General report no. 6 on the lunatic asylums, vaccination and dispensaries in the Bengal Presidency, 1873 -
Year: 1873
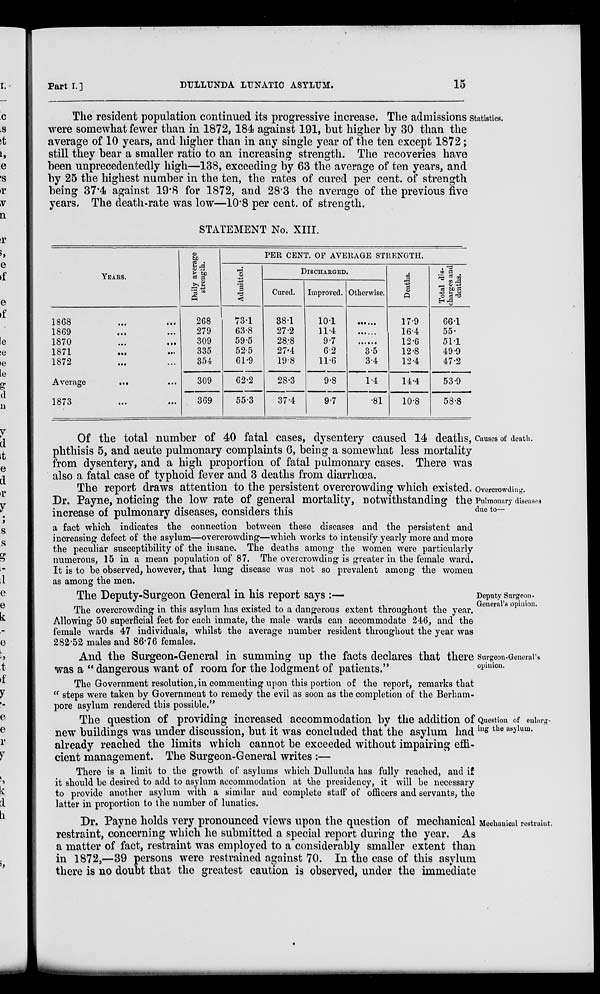
Part I.]
DULLUNDA LUNATIC ASYLUM.
15
Statistics.
The resident population continued its progressive increase. The admissions
were somewhat fewer than in 1872, 184 against 191, but higher by 30 than the
average of 10 years, and higher than in any single year of the ten except 1872 ;
still they bear a smaller ratio to an increasing strength. The recoveries have
been unprecedentedly high—138, exceeding by 63 the average of ten years, and
by 25 the highest number in the ten, the rates of cured per cent. of strength
being 37.4 against 19.8 for 1872, and 28.3 the average of the previous five
years. The death-rate was low—10.8 per cent. of strength.
STATEMENT No. XIII.
YEARS.
1868
...
...
1869
... ...
1870 ... ...
1871 ... ...
1872 ... ...
Average
... ...
1873
...
...
Daily average
strength.
268
279
309
335
354
309
369
PER CENT. OF AVERAGE STRENGTH.
Admitted.
73.1
63.8
59.5
52.5
61.9
62.2
55.3
DISCHARGED.
Cured.
38.1
27.2
28.8
27.4
19.8
28.3
37.4
Improved.
10.1
11.4
9.7
6.2
11.6
9.8
9.7
Otherwise.
......
......
......
3.5
3.4
1.4
.81
Deaths.
17.9
16.4
12.6
12.8
12.4
14.4
10.8
Total dis-
charges and
deaths.
66.1
55.
51.1
49.9
47.2
53.9
58.8
Causes of death.
Of the total number of 40 fatal cases, dysentery caused 14 deaths,
phthisis 5, and acute pulmonary complaints 6, being a somewhat less mortality
from dysentery, and a high proportion of fatal pulmonary cases. There was
also a fatal case of typhoid fever and 3 deaths from diarrhœa.
Overcrowding.
Pulmonary diseases
due to—
The report draws attention to the persistent overcrowding which existed.
Dr. Payne, noticing the low rate of general mortality, notwithstanding the
increase of pulmonary diseases, considers this
a fact which indicates the connection between these diseases and the persistent and
increasing defect of the asylum—overcrowding—which works to intensify yearly more and more
the peculiar susceptibility of the insane. The deaths among the women were particularly
numerous, 15 in a mean population of 87. The overcrowding is greater in the female ward.
It is to be observed, however, that lung disease was not so prevalent among the women
as among the men.
Deputy Surgeon-
General's opinion.
The Deputy-Surgeon General in his report says :—
The overcrowding in this asylum has existed to a dangerous extent throughout the year.
Allowing 50 superficial feet for each inmate, the male wards can accommodate 246, and the
female wards 47 individuals, whilst the average number resident throughout the year was
282.52 males and 86.76 females.
Surgeon-General's
opinion.
And the Surgeon-General in summing up the facts declares that there
was a " dangerous want of room for the lodgment of patients."
The Government resolution, in commenting upon this portion of the report, remarks that
" steps were taken by Government to remedy the evil as soon as the completion of the Berham-
pore asylum rendered this possible."
Question of enlarg-
ing the asylum.
The question of providing increased accommodation by the addition of
new buildings was under discussion, but it was concluded that the asylum had
already reached the limits which cannot be exceeded without impairing effi-
cient management. The Surgeon-General writes :—
There is a limit to the growth of asylums which Dullunda has fully reached, and if
it should be desired to add to asylum accommodation at the presidency, it will be necessary
to provide another asylum with a similar and complete staff of officers and servants, the
latter in proportion to the number of lunatics.
Mechanical restraint.
Dr. Payne holds very pronounced views upon the question of mechanical
restraint, concerning which he submitted a special report during the year. As
a matter of fact, restraint was employed to a considerably smaller extent than
in 1872,—39 persons were restrained against 70. In the case of this asylum
there is no doubt that the greatest caution is observed, under the immediate